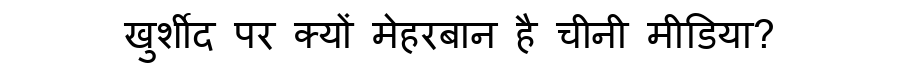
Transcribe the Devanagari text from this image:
खुर्शीद पर क्यों मेहरबान है चीनी मीडिया?